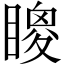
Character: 𥊙